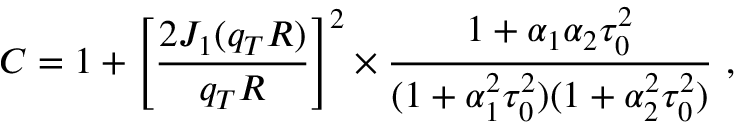
C = 1 + \left[ \frac { 2 J _ { 1 } ( q _ { T } R ) } { q _ { T } R } \right] ^ { 2 } \times \frac { 1 + \alpha _ { 1 } \alpha _ { 2 } \tau _ { 0 } ^ { 2 } } { ( 1 + \alpha _ { 1 } ^ { 2 } \tau _ { 0 } ^ { 2 } ) ( 1 + \alpha _ { 2 } ^ { 2 } \tau _ { 0 } ^ { 2 } ) } ~ ,